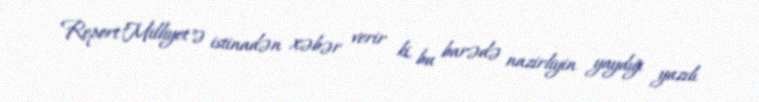
Report"Milliyet"ə istinadən xəbər verir ki, bu barədə nazirliyin yaydığı yazılı